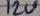
Text: 12V